Vaccination in Burma 1920-1933 - 1920-1933
Year: 1920
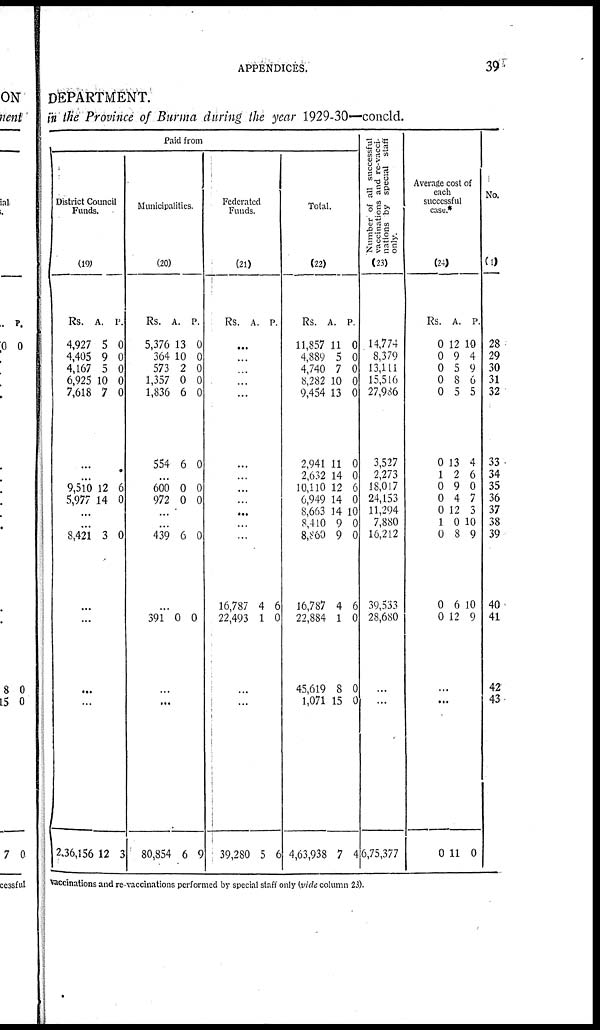
APPENDICES.
39
DEPARTMENT.
in the Province of Burma during the year 1929-30—concld.
Paid from
District Council
Funds.
(19)
Rs.
4,927
4,405
4,167
6,925
7,618
A.
5
9
5
10
7
P.
0
0
0
0
0
...
...
9,510
5,977
12
14
6
0
...
...
8,421 3 0
...
...
...
...
2,36,156 12 3
Municipalities.
(20)
Rs.
5,376
364
573
1,357
1,836
554
A.
13
10
2
0
6
6
P.
0
0
0
0
0
0
...
600
972
0
0
0
0
...
...
439 6 0
...
391 0 0
...
...
80,854 6 9
Federated
Funds.
(21)
Rs. A. P.
...
...
...
...
...
...
...
...
...
...
...
...
16,787
22,493
4
1
6
0
...
...
39,280 5 6
Total.
(22)
Rs.
11,857
4,889
4,740
8,282
9,454
2,941
2,632
10,110
6,949
8,663
8,410
8,860
16,787
22,884
45,619
1,071
4,63,938
A.
11
5
7
10
13
11
14
12
14
14
9
9
4
1
8
15
7
P.
0
0
0
0
0
0
0
6
0
10
0
0
6
0
0
0
4
Number of all successful
vaccinations and re-vacci-
nations by special staff
only.
(23)
14,774
8,379
13,111
15,516
27,986
3,527
2,273
18,017
24,153
11,294
7,880
16,212
39,533
28,680
...
...
6,75,377
Average cost of
each
successful
case.*
(24)
Rs.
0
0
0
0
0
0
1
0
0
0
1
0
0
0
A.
12
9
5
8
5
13
2
9
4
12
0
8
6
12
P.
10
4
9
6
5
4
6
0
7
3
10
9
10
9
...
...
0 11 0
No.
(1)
28
29
30
31
32
33
34
35
36
37
38
39
40
41
42
43
raccinations and re-vaccinations performed by special staff only (vide column 23).